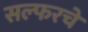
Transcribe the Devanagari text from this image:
सल्फरचे